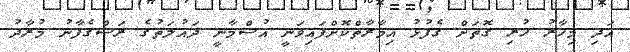
އަދި މިހާރު ހުރި ގޮތަށް ގެފުޅު އިމާރާތްކޮށްފައިވަނީ އުސްމާނީ ދައުލަތުގެ ރަސްގެފާނު މުރާދު